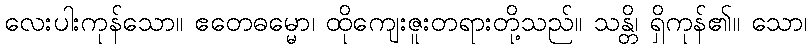
လေးပါးကုန်သော။ ဧတေဓမ္မော၊ ထိုကျေးဇူးတရားတို့သည်။ သန္တိ၊ ရှိကုန်၏။ သော၊